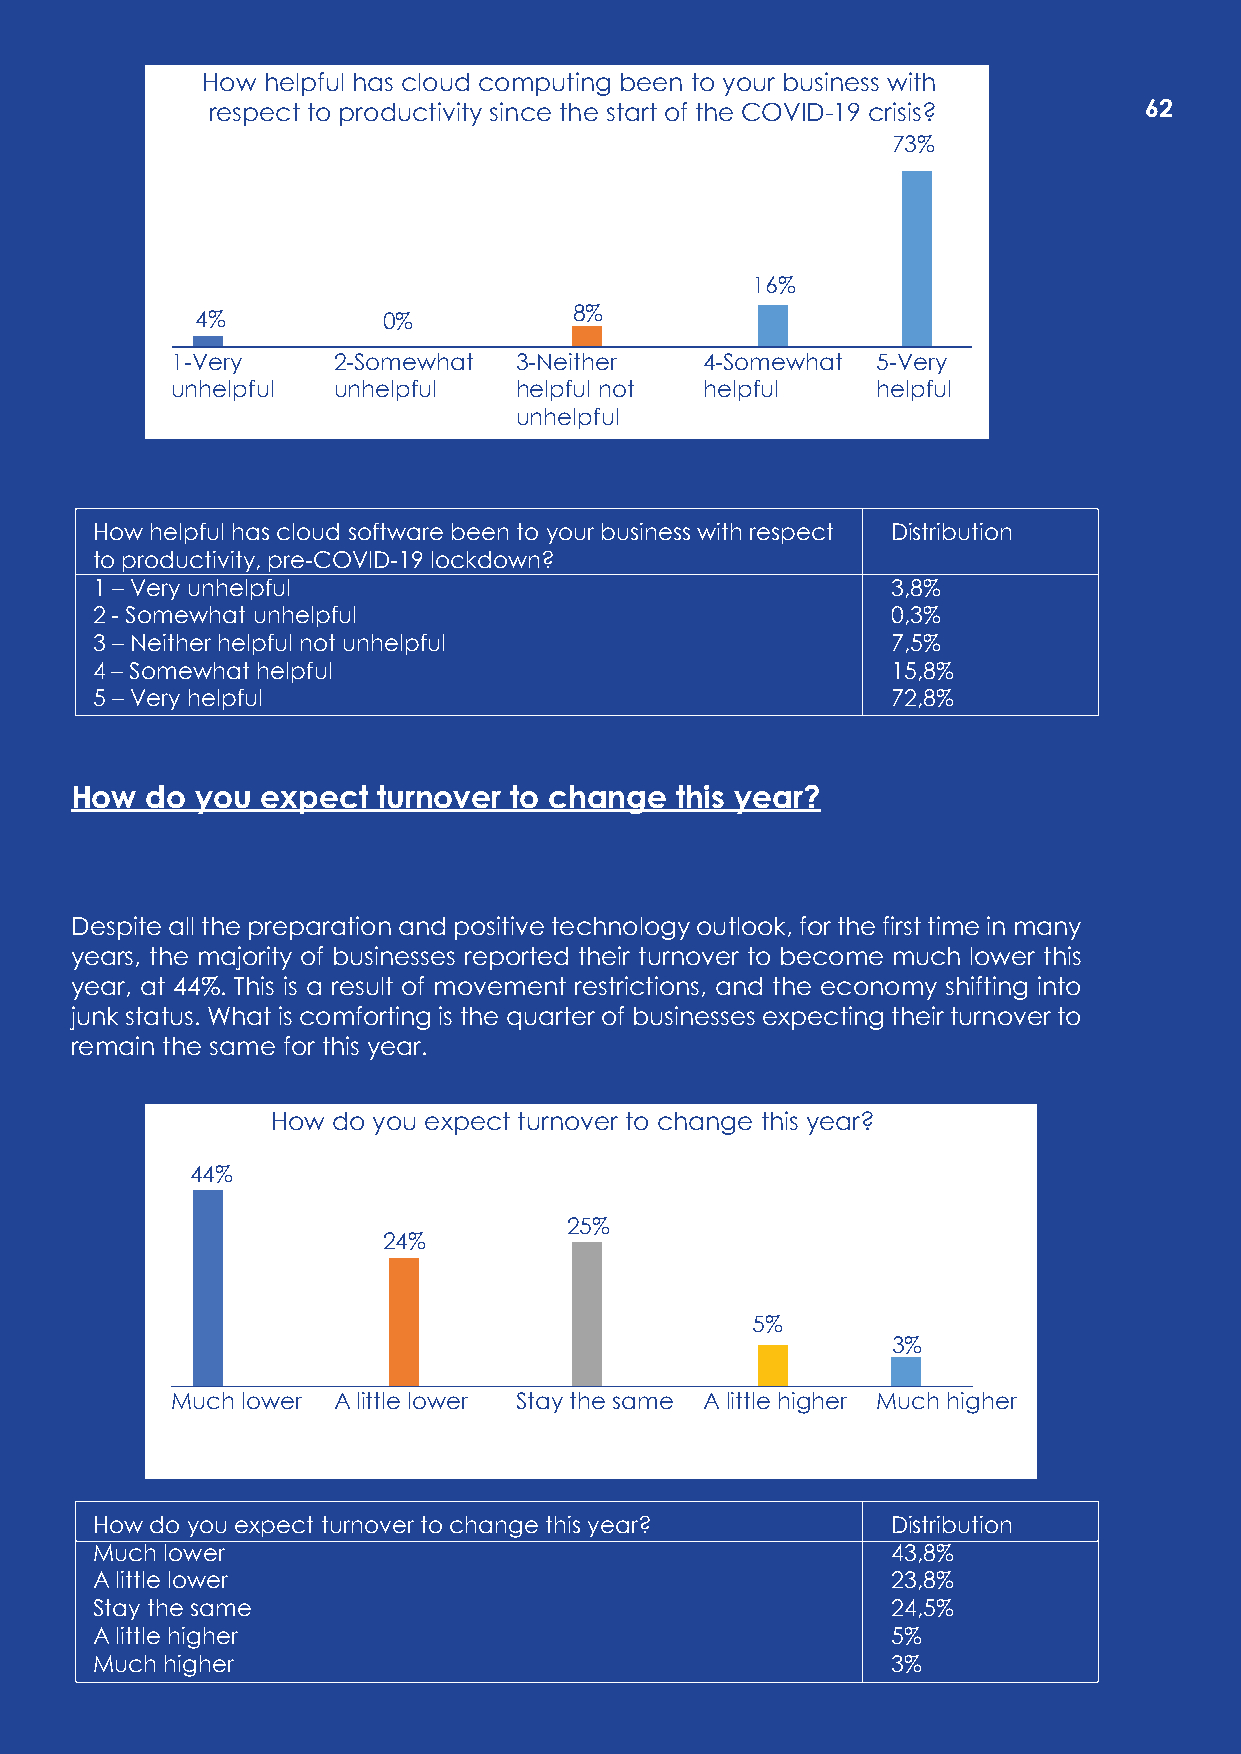
How helpful has cloud computing been to your business with
 respect to productivity since the start of the COVID-19 crisis? 62
 73%
 16%
 4%          0%           8%
 1-Very     2-Somewhat  3-Neither    4-Somewhat 5-Very
 unhelpful  unhelpful   helpful not  helpful    helpful
 unhelpful
 How helpful has cloud software been to your business with respect Distribution
 to productivity, pre-COVID-19 lockdown?
 1 – Very unhelpful                                   3,8%
 2 - Somewhat unhelpful                               0,3%
 3 – Neither helpful not unhelpful                    7,5%
 4 – Somewhat helpful                                 15,8%
 5 – Very helpful                                     72,8%
 How  do you expect  turnover to change  this year?
 Despite all the preparation and positive technology outlook, for the first time in many
 years, the majority of businesses reported their turnover to become much lower this
 year, at 44%. This is a result of movement restrictions, and the economy shifting into
 junk status. What is comforting is the quarter of businesses expecting their turnover to
 remain the same for this year.
 How do you expect turnover to change this year?
 44%
 25%
 24%
 5%
 3%
 Much lower A little lower Stay the same A little higher Much higher
 How do you expect turnover to change this year?      Distribution
 Much lower                                           43,8%
 A little lower                                       23,8%
 Stay the same                                        24,5%
 A little higher                                      5%
 Much higher                                          3%